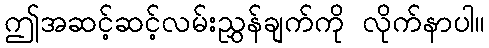
ဤအဆင့်ဆင့်လမ်းညွှန်ချက်ကို လိုက်နာပါ။